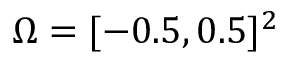
\Omega = [ - 0 . 5 , 0 . 5 ] ^ { 2 }